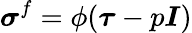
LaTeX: \boldsymbol{\sigma}^{f}=\phi(\boldsymbol{\tau}-p\boldsymbol{I})